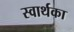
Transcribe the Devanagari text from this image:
स्वार्थका